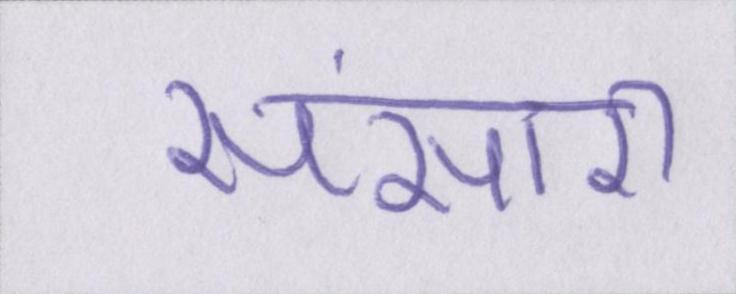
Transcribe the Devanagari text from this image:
संसारी